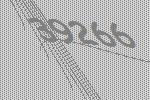
39266